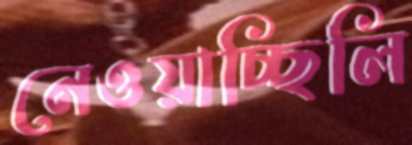
নেওয়াচ্ছিলি